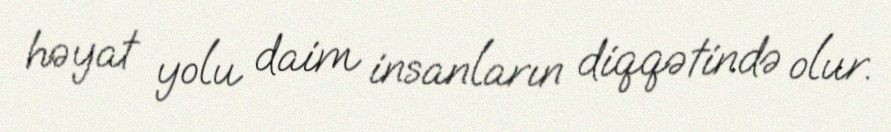
həyat yolu daim insanların diqqətində olur.